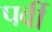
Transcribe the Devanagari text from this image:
पर्वी